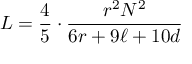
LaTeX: L = { \frac { 4 } { 5 } } \cdot { \frac { r ^ { 2 } N ^ { 2 } } { 6 r + 9 \ell + 1 0 d } }